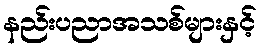
နည်းပညာအသစ်များနှင့်